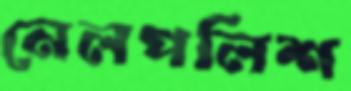
নেলপলিশ